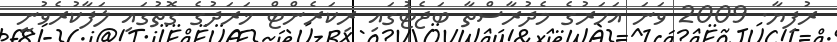
ރުފިޔާ. 2009 ވަނަ އަހަރުގެ މެދުރާސްތާ ބަޖެޓުގައި ރިކަރެންޓް ޚަރަދުގެ ގޮތުގައި ލަފާކުރެވުނީ